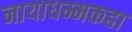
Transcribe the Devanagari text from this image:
नायाधम्मकहा